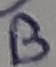
Text: B